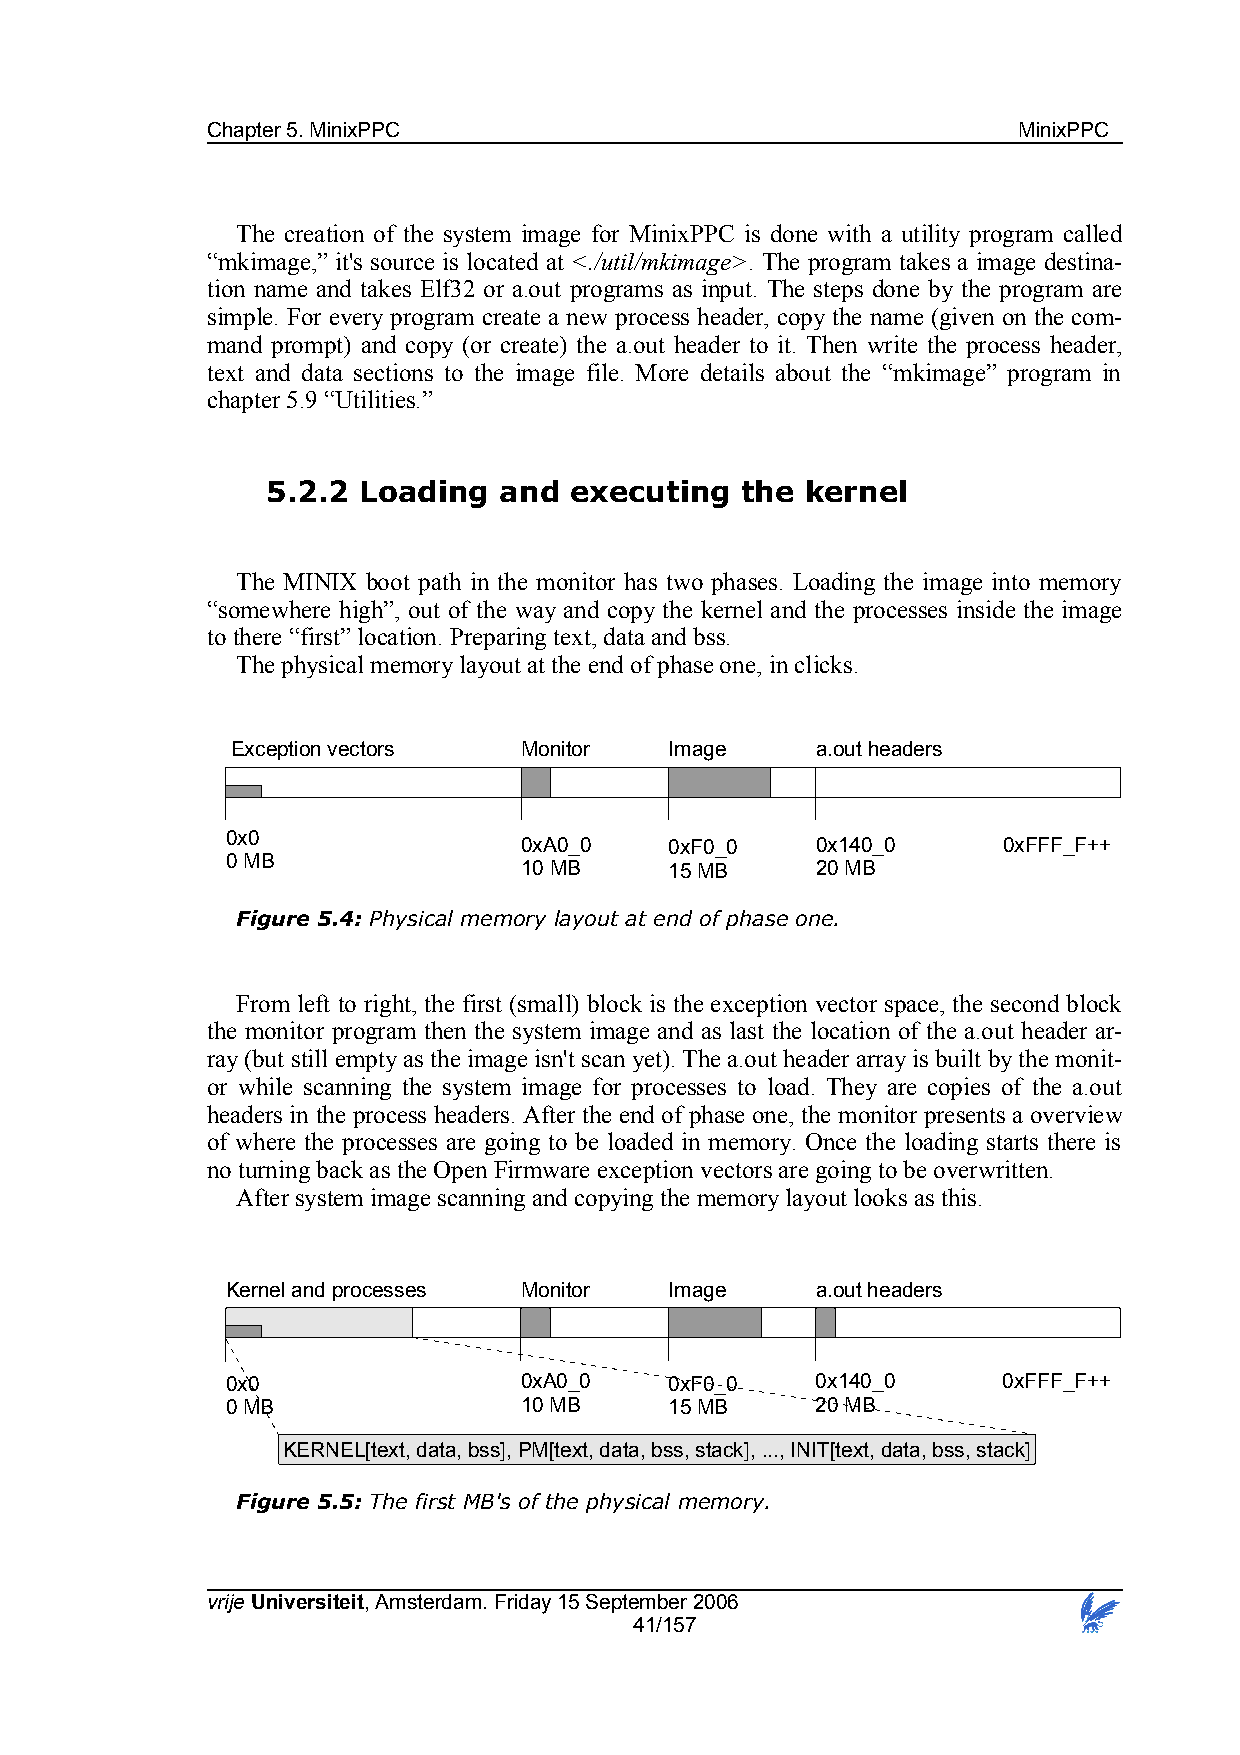
Chapter 5. MinixPPC                                  MinixPPC
 The creation of the system image for MinixPPC is done with a utility program called
 “mkimage,” it's source is located at <./util/mkimage>. The program takes a image destina-
 tion name and takes Elf32 or a.out programs as input. The steps done by the program are
 simple. For every program create a new process header, copy the name (given on the com-
 mand prompt) and copy (or create) the a.out header to it. Then write the process header,
 text and data sections to the image file. More details about the “mkimage” program in
 chapter 5.9 “Utilities.”
 5.2.2 Loading  and  executing  the kernel
 The MINIX boot path in the monitor has two phases. Loading the image into memory
 “somewhere high”, out of the way and copy the kernel and the processes inside the image
 to there “first” location. Preparing text, data and bss.
 The physical memory layout at the end of phase one, in clicks.
 Exception vectors  Monitor   Image     a.out headers
 0x0
 0xA0_0    0xF0_0    0x140_0     0xFFF_F++
 0 MB
 10 MB     15 MB     20 MB
 Figure 5.4: Physical memory layout at end of phase one.
 From left to right, the first (small) block is the exception vector space, the second block
 the monitor program then the system image and as last the location of the a.out header ar-
 ray (but still empty as the image isn't scan yet). The a.out header array is built by the monit-
 or while scanning the system image for processes to load. They are copies of the a.out
 headers in the process headers. After the end of phase one, the monitor presents a overview
 of where the processes are going to be loaded in memory. Once the loading starts there is
 no turning back as the Open Firmware exception vectors are going to be overwritten.
 After system image scanning and copying the memory layout looks as this.
 Kernel and processes Monitor Image     a.out headers
 0x0                0xA0_0    0xF0_0    0x140_0     0xFFF_F++
 0 MB               10 MB     15 MB     20 MB
 KERNEL[text, data, bss], PM[text, data, bss, stack], ..., INIT[text, data, bss, stack]
 Figure 5.5: The first MB's of the physical memory.
 vrije Universiteit, Amsterdam. Friday 15 September 2006
 41/157